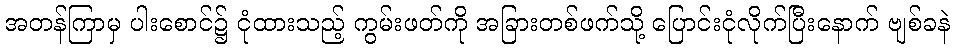
အတန်ကြာမှ ပါးစောင်၌ ငုံထားသည့် ကွမ်းဖတ်ကို အခြားတစ်ဖက်သို့ ပြောင်းငုံလိုက်ပြီးနောက် ဗျစ်ခနဲ